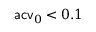
\mathsf { a c v } _ { 0 } < 0 . 1